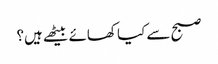
صبح سے کیا کھائے بیٹھے ہیں؟